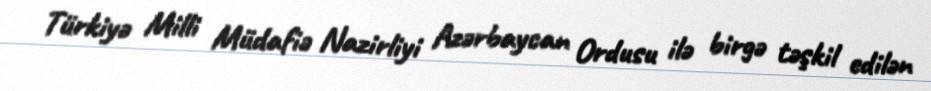
Türkiyə Milli Müdafiə Nazirliyi Azərbaycan Ordusu ilə birgə təşkil edilən